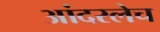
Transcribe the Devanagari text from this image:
आंदरलेच